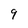
Character: 9